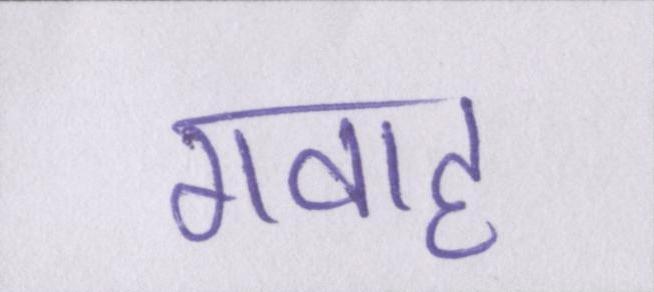
गवाह